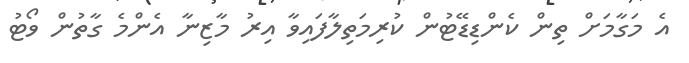
އެ މަގާމަށް ތިން ކެންޑިޑޭޓުން ކުރިމަތިލާފައިވާ އިރު މާޒިނާ އެންމެ ގާތުން ވޯޓު